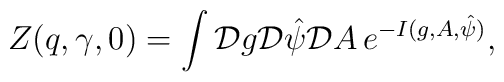
Z(q,\gamma,0) = \int {\cal D} g {\cal D}  {\hat \psi} {\cal D} A \,e^{-I(g,A,{\hat \psi})},